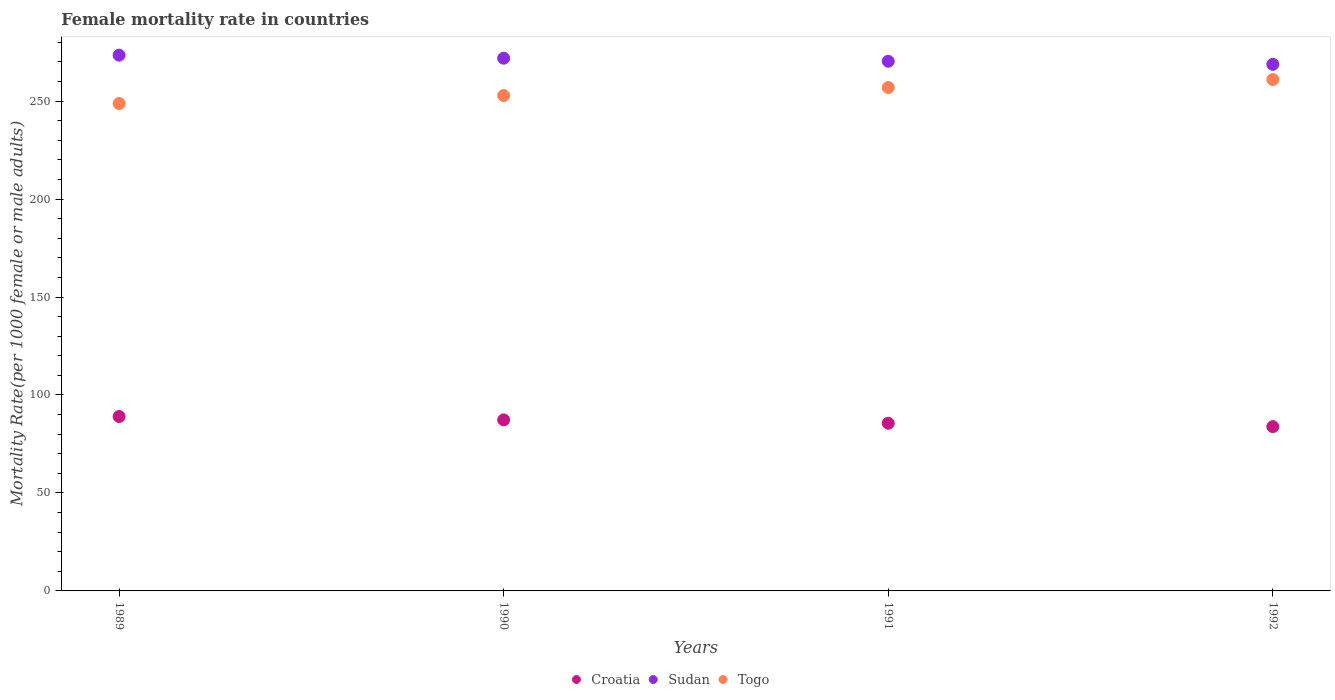
| Years | Croatia | Sudan | Togo |
 | --- | --- | --- | --- |
 | 1989 | 89 | 273 | 249 |
 | 1990 | 87.3 | 272 | 253 |
 | 1991 | 85.6 | 270 | 257 |
 | 1992 | 83.9 | 269 | 261 |